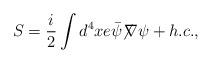
LaTeX: \begin{align*}S=\frac{i}{2} \int d^4x e {\bar{\psi}}{\not \!\nabla}\psi + h.c.,\end{align*}